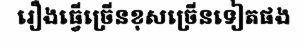
រឿងធ្វើច្រើនខុសច្រើនទៀតផង